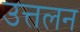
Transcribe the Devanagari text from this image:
उत्तलन